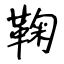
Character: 鞠